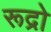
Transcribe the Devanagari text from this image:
रूद्रो